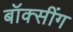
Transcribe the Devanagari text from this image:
बॉक्सींग